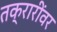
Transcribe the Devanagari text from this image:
तक्रारींवर